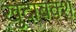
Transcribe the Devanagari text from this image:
खुदाबक्‍श